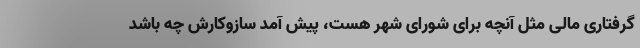
گرفتاری مالی مثل آنچه برای شورای شهر هست، پیش آمد سازوکارش چه باشد